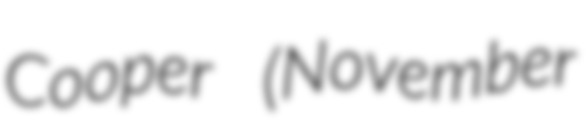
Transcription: Cooper (November